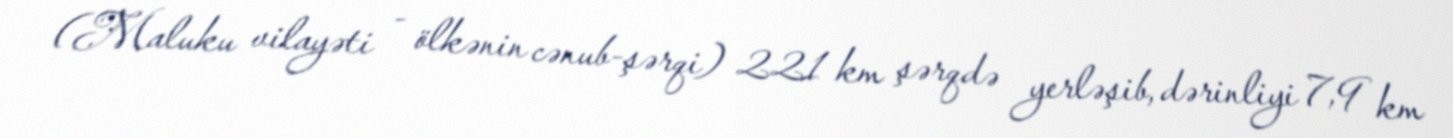
(Maluku vilayəti - ölkənin cənub-şərqi) 221 km şərqdə yerləşib, dərinliyi 7,9 km